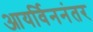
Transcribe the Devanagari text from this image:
आयर्विननंतर